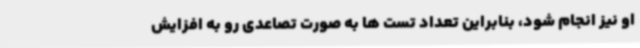
او نیز انجام شود، بنابراین تعداد تست ها به صورت تصاعدی رو به افزایش